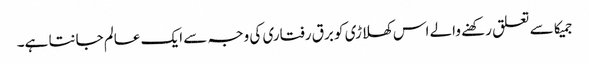
جمیکا سے تعلق رکھنے والے اس کھلاڑی کو برق رفتاری کی وجہ سے ایک عالم جانتا ہے۔